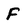
Character: F